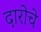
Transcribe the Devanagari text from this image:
दारोचे